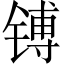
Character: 镈